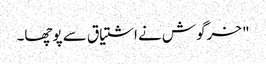
" خرگوش نے اشتیاق سے پوچھا۔